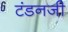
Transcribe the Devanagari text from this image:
टंडनजी